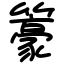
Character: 籇